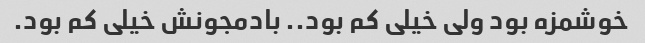
خوشمزه بود ولی خیلی کم بود.. بادمجونش خیلی کم بود.